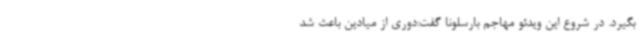
بگیرد. در شروع این ویدئو مهاجم بارسلونا گفت:دوری از میادین باعث شد